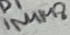
Text: 1N4148